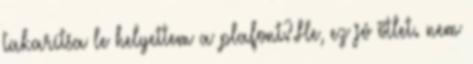
takarítsa le helyettem a plafont?.He, ez jó ötlet. nem